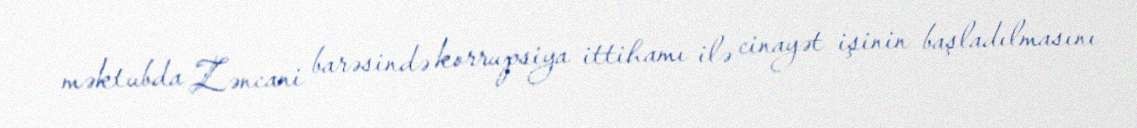
məktubda Zəncani barəsində korrupsiya ittihamı ilə cinayət işinin başladılmasını